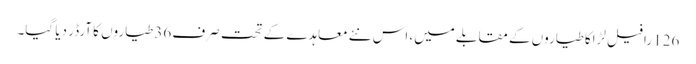
126 رافیل لڑاکا طیاروں کے مقابلے میں، اس نئے معاہدے کے تحت صرف 36 طیاروں کا آرڈر دیا گیا۔